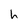
Character: h